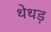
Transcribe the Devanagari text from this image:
थेथड़